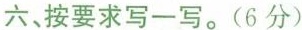
六、按要求写一写。(6分)